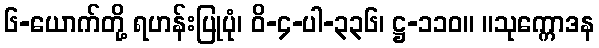
၆-ယောက်တို့ ရဟန်းပြုပုံ၊ ဝိ-၄-ပါ-၃၃၆၊ ဋ္ဌ-၁၁၀။ ။သုက္ကောဒန